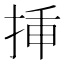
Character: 挿